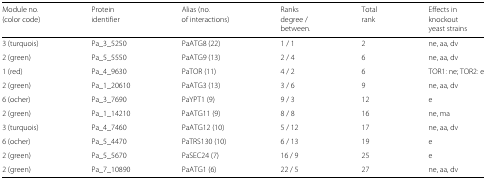
| Module no. | Protein | Alias (no. | Ranks | Total | Effects in |
 | (color code) | identifier | of interactions) | degree / | rank | knockout |
 |  |  |  | between. |  | yeast strains |
 | --- | --- | --- | --- | --- | --- |
 | 3 (turquois) | Pa_3_5250 | PaATG8 (22) | 1 / 1 | 2 | ne, aa, dv |
 | 2 (green) | Pa_5_5550 | PaATG9 (13) | 2 / 4 | 6 | ne, aa, dv |
 | 1 (red) | Pa_4_9630 | PaTOR (11) | 4 / 2 | 6 | TOR1: ne; TOR2: e |
 | 2 (green) | Pa_1_20610 | PaATG3 (13) | 3 / 6 | 9 | ne, aa, dv |
 | 6 (ocher) | Pa_3_7690 | PaYPT1 (9) | 9 / 3 | 12 | e |
 | 2 (green) | Pa_1_14210 | PaATG11 (9) | 8 / 8 | 16 | ne, ma |
 | 3 (turquois) | Pa_4_7460 | PaATG12 (10) | 5 / 12 | 17 | ne, aa, dv |
 | 6 (ocher) | Pa_5_4470 | PaTRS130 (10) | 6 / 13 | 19 | e |
 | 2 (green) | Pa_5_5670 | PaSEC24 (7) | 16 / 9 | 25 | e |
 | 2 (green) | Pa_7_10890 | PaATG1 (6) | 22 / 5 | 27 | ne, aa, dv |